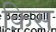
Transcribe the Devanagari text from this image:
क़िस